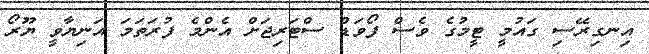
އިނގިރޭސި ގައުމީ ޓީމުގެ ވެސް ފޯވަޑް ސްޓަރިޖަށް އެންމެ ފުރަތަމަ އަނިޔާވީ ޔޫރޯ